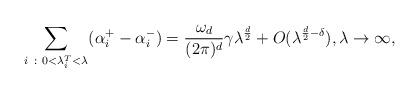
LaTeX: \begin{align*}\sum_{i ~ : ~ 0< \lambda^T_i < \lambda}( \alpha^+_i- \alpha^-_i) = \frac{\omega_d}{(2\pi)^d} \gamma \lambda^{\frac{d}{2}} + O(\lambda^{\frac{d}{2}-\delta}), \lambda \rightarrow \infty,\end{align*}